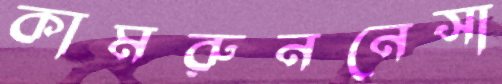
কামরুননেসা